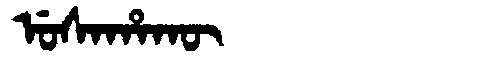
Manchu: ᡠᠰᠠᡥᠠᡴᡡ
Romanization: USAHAKŪ